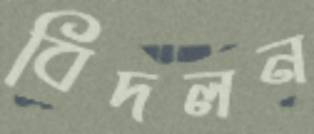
বিদলন